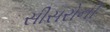
સીસરોની